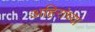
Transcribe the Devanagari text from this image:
अहिरांच्या